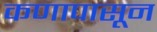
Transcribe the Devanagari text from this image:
कणापासून